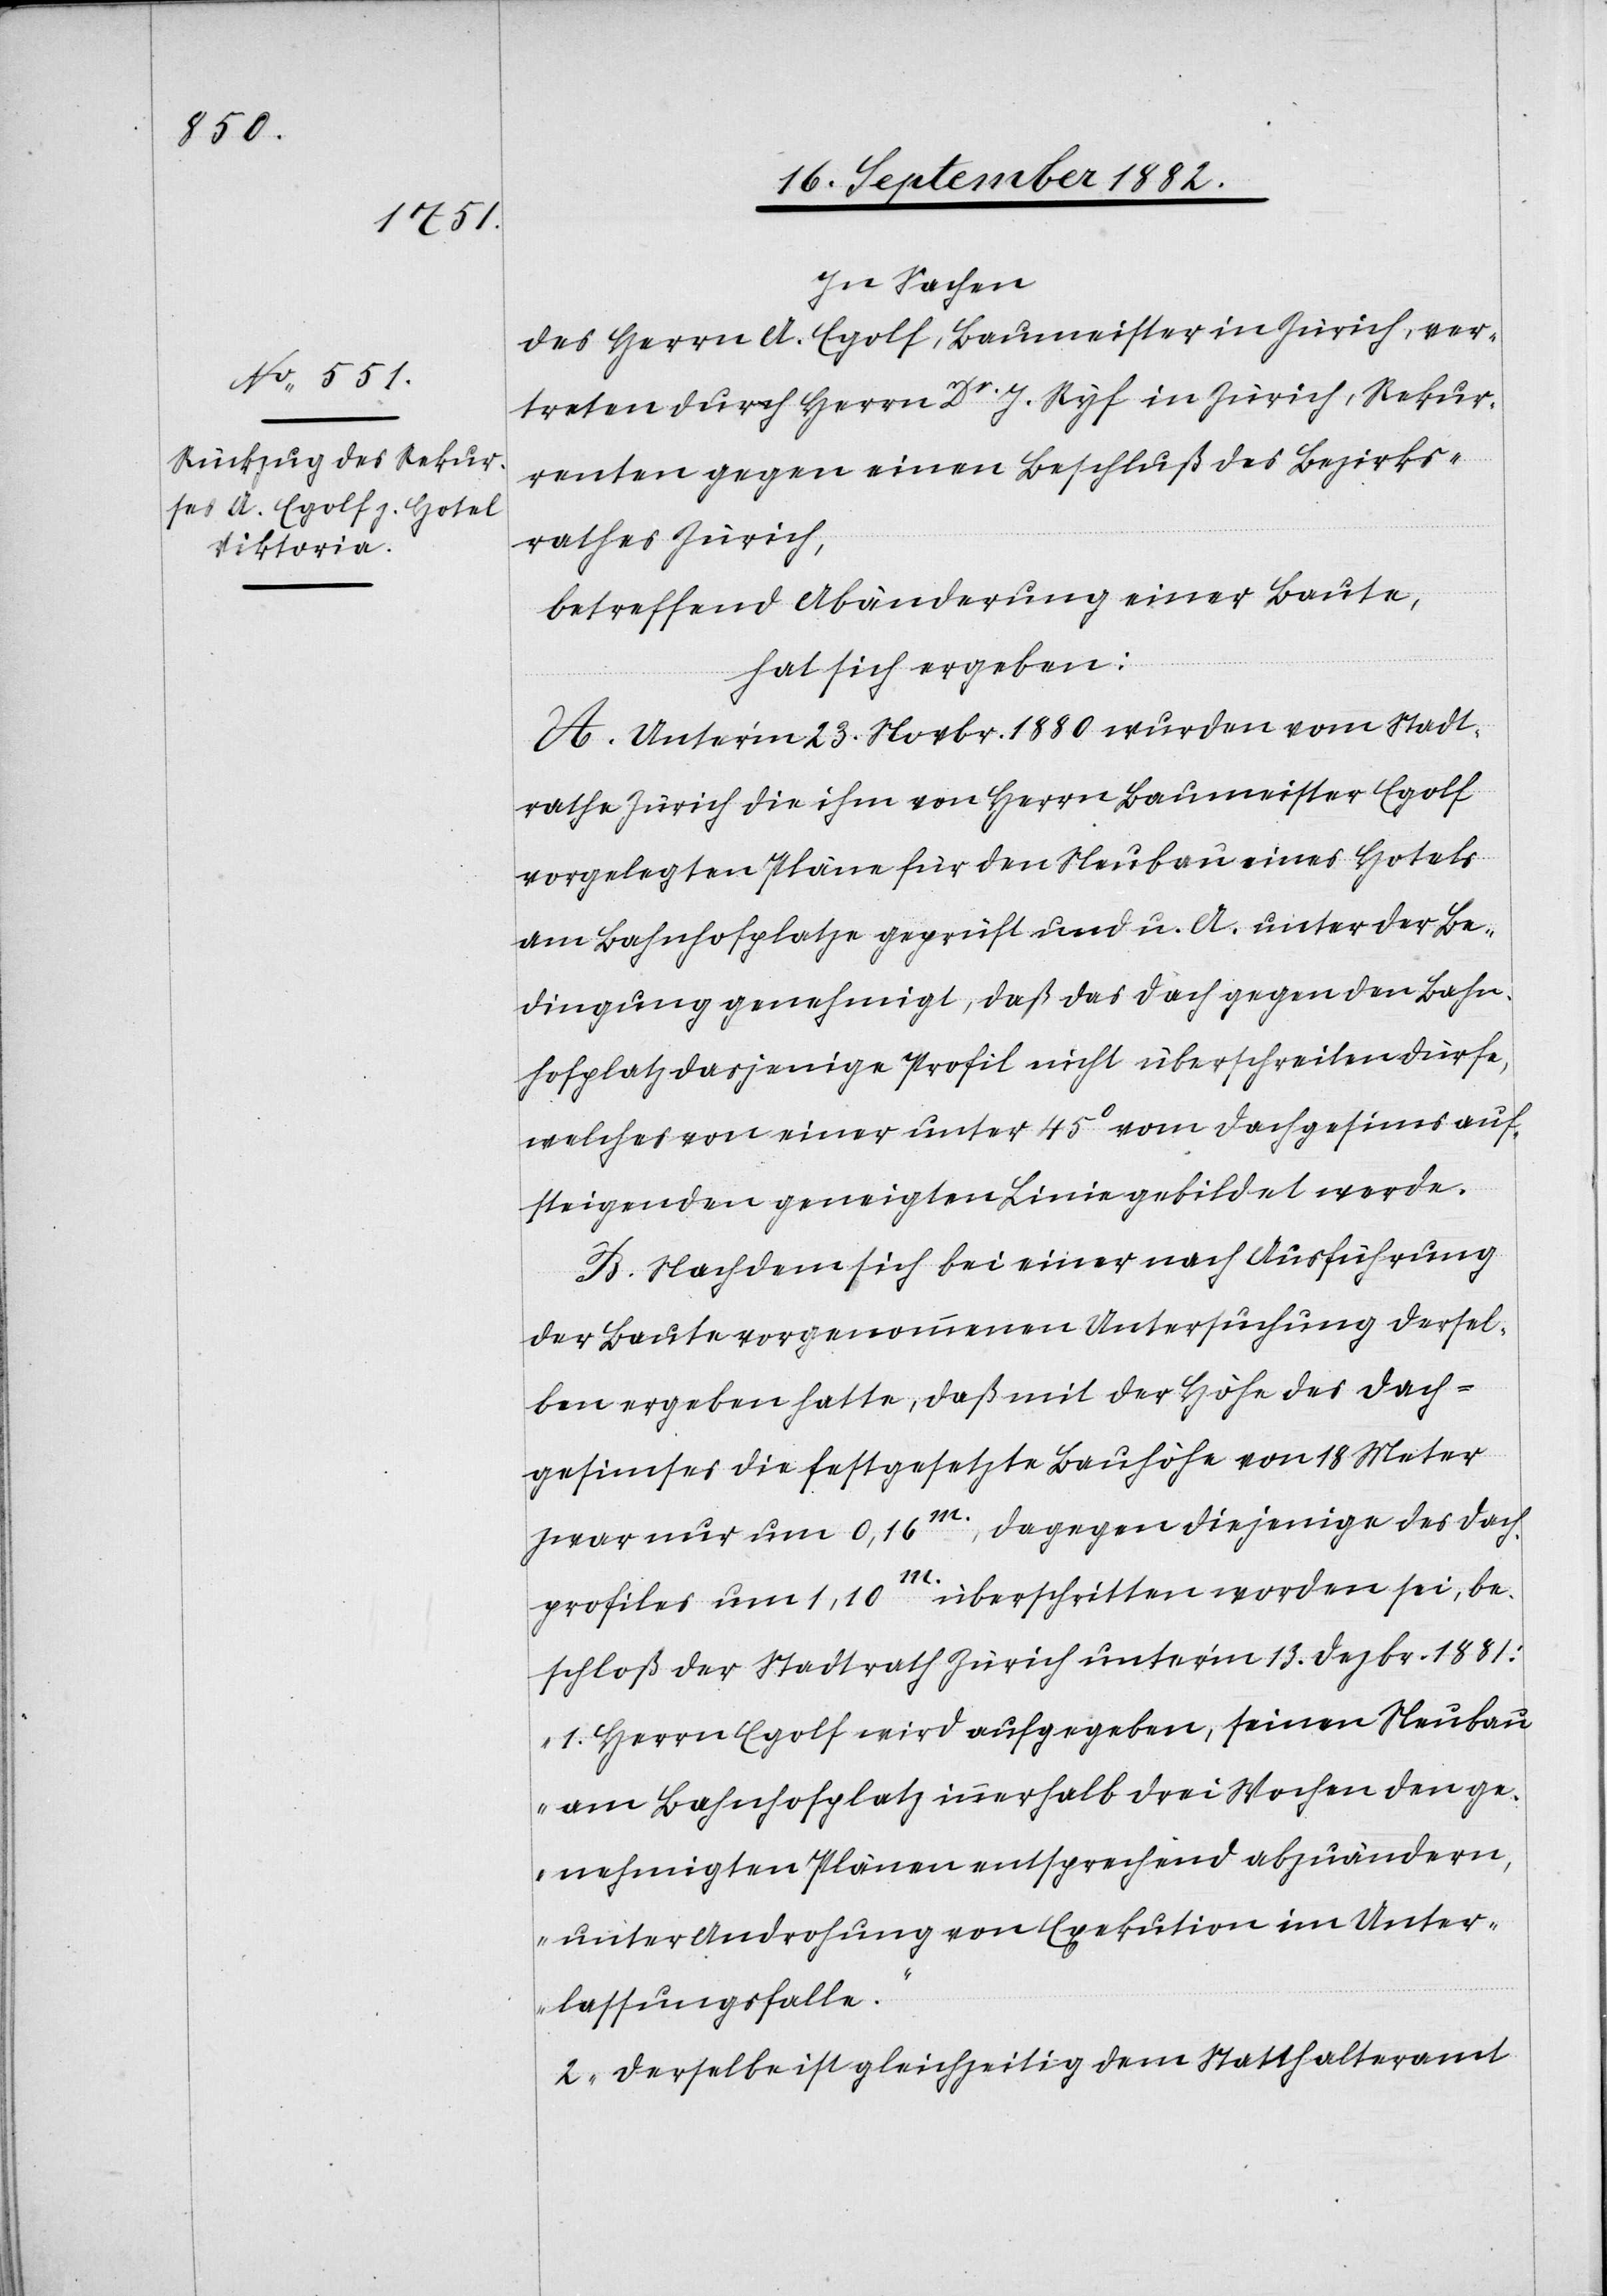
In Sachen
des Herrn A. Egolf, Baumeister in Zürich, ver¬
treten durch Herrn Dr J. Ryf in Zürich, Rekur¬
renten gegen einen Beschluß des Bezirks¬
rathes Zürich,
betreffend Abänderung einer Baute,
hat sich ergeben:
A. Unter’m 23. Novbr. 1880 wurden vom Stadt¬
rathe Zürich die ihm von Herrn Baumeister Egolf
vorgelegten Pläne für den Neubau eines Hotels
am Bahnhofplatze geprüft und u. A. unter der Be¬
dingung genehmigt, daß das Dach gegen den Bahn¬
hofplatz dasjenige Profil nicht überschreiten dürfe,
welches von einer unter 45 vom Dachgesims auf¬
steigenden geneigten Linie gebildet werde.
B. Nachdem sich bei einer nach Ausführung
der Baute vorgenommenen Untersuchung dersel¬
ben ergeben hatte, daß mit der Höhe des Dach¬
gesimses die festgesetzte Bauhöhe von 18 Meter
zwar nur um 0,16m, dagegen diejenige des Dach¬
profiles um 1,10m überschritten worden sei, be¬
schloß der Stadtrath Zürich unter’m 13. Dezbr. 1881:
„1. Herrn Egolf wird aufgegeben, seinen Neubau
am Bahnhofplatz innerhalb drei Wochen den ge¬
nehmigten Plänen entsprechend abzuändern,
unter Androhung von Exekution im Unter¬
lassungsfalle.
2. Derselbe ist gleichzeitig dem Statthalteramt